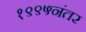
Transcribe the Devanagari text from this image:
१९९५नंतर